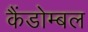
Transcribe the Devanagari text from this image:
कैंडोम्बल